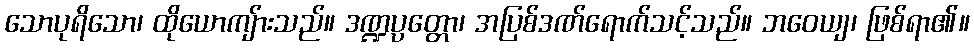
သောပုရိသော၊ ထိုယောကျ်ားသည်။ ဒဏ္ဍပ္ပတ္တော၊ အပြစ်ဒဏ်ရောက်သင့်သည်။ ဘဝေယျ၊ ဖြစ်ရာ၏။